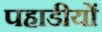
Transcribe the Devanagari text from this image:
पहाडीयों